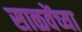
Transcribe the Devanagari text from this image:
साळवेंच्या